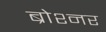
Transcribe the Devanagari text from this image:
ब्रोश्नर